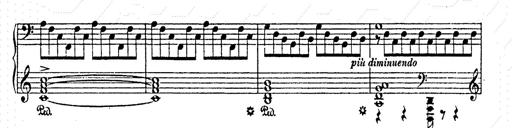
Title: AnnÃ©es de pÃ¨lerinage II
Composer: Franz Liszt